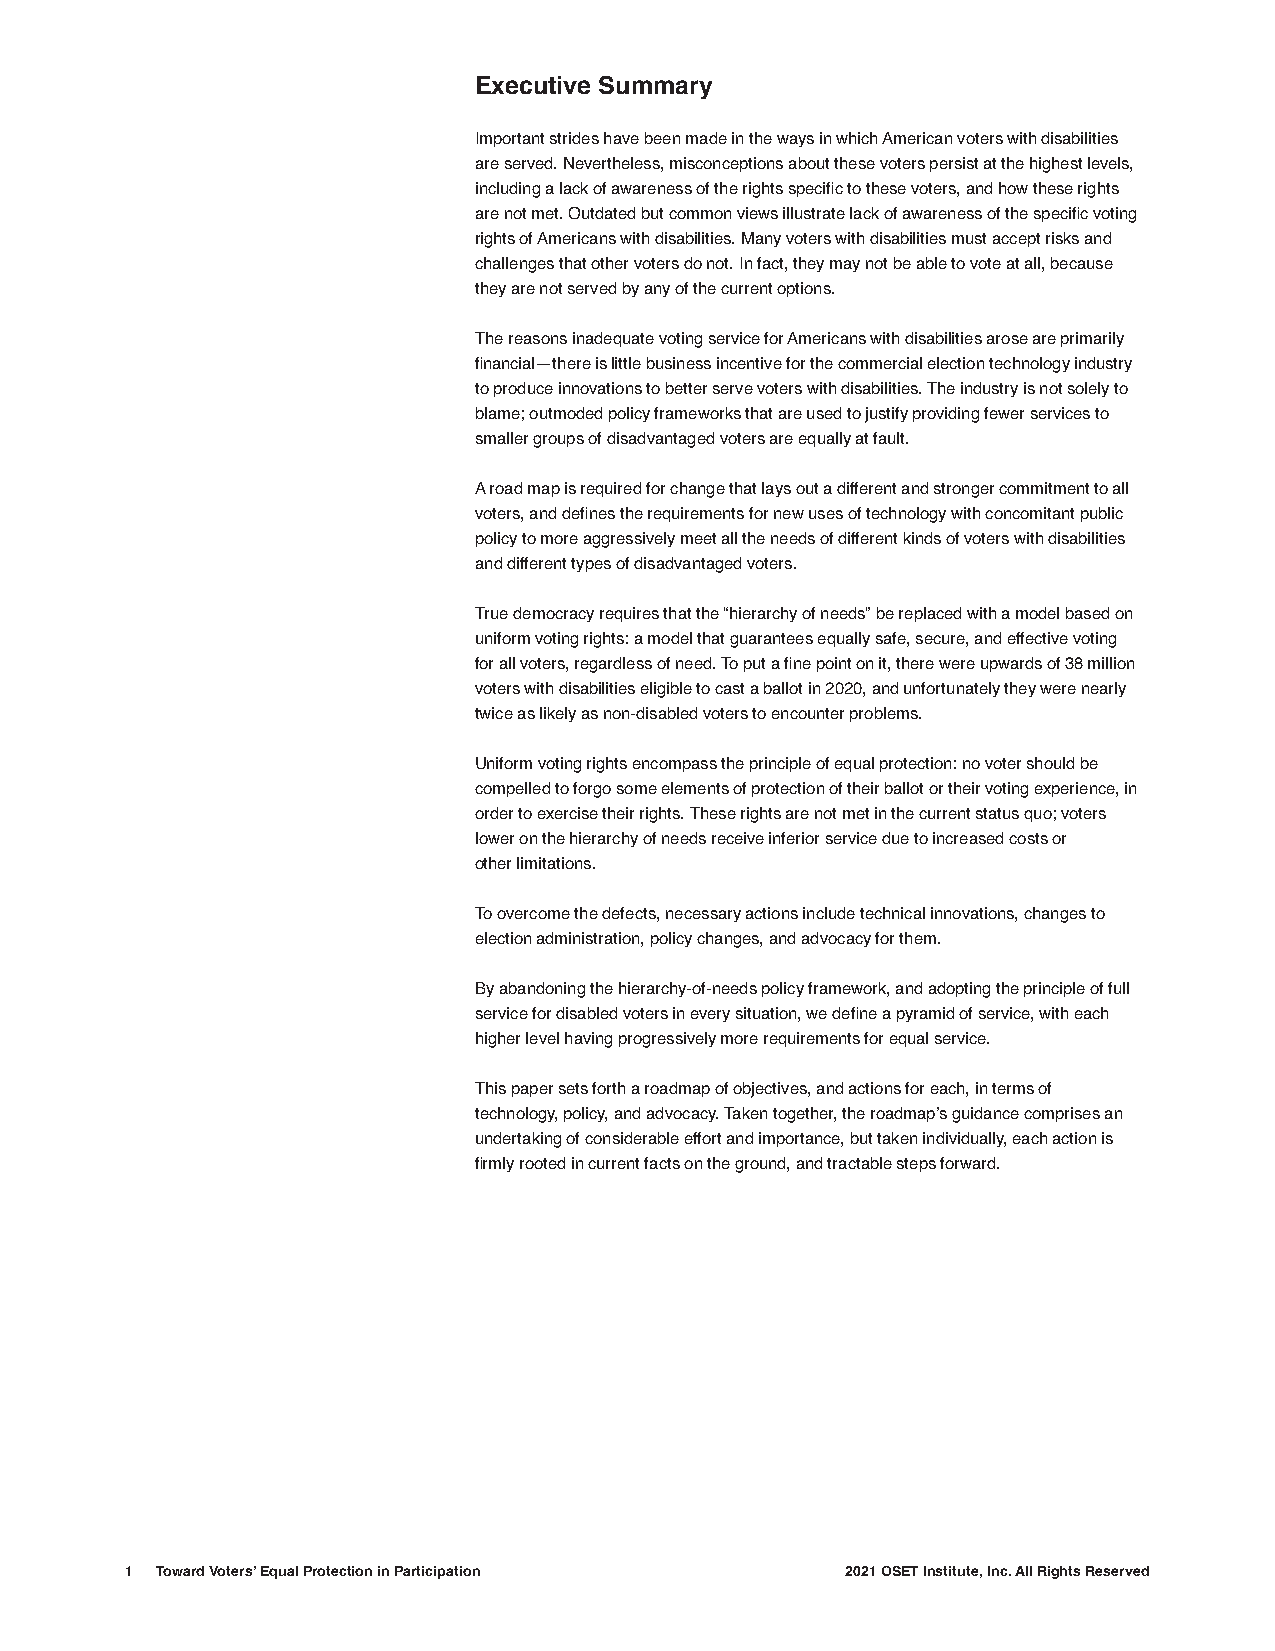
Executive Summary
 Important strides have been made in the ways in which American voters with disabilities
 are served. Nevertheless, misconceptions about these voters persist at the highest levels,
 including a lack of awareness of the rights specific to these voters, and how these rights
 are not met. Outdated but common views illustrate lack of awareness of the specific voting
 rights of Americans with disabilities. Many voters with disabilities must accept risks and
 challenges that other voters do not. In fact, they may not be able to vote at all, because
 they are not served by any of the current options.
 The reasons inadequate voting service for Americans with disabilities arose are primarily
 financial—there is little business incentive for the commercial election technology industry
 to produce innovations to better serve voters with disabilities. The industry is not solely to
 blame; outmoded policy frameworks that are used to justify providing fewer services to
 smaller groups of disadvantaged voters are equally at fault.
 A road map is required for change that lays out a different and stronger commitment to all
 voters, and defines the requirements for new uses of technology with concomitant public
 policy to more aggressively meet all the needs of different kinds of voters with disabilities
 and different types of disadvantaged voters.
 True democracy requires that the “hierarchy of needs” be replaced with a model based on
 uniform voting rights: a model that guarantees equally safe, secure, and effective voting
 for all voters, regardless of need. To put a fine point on it, there were upwards of 38 million
 voters with disabilities eligible to cast a ballot in 2020, and unfortunately they were nearly
 twice as likely as non-disabled voters to encounter problems.
 Uniform voting rights encompass the principle of equal protection: no voter should be
 compelled to forgo some elements of protection of their ballot or their voting experience, in
 order to exercise their rights. These rights are not met in the current status quo; voters
 lower on the hierarchy of needs receive inferior service due to increased costs or
 other limitations.
 To overcome the defects, necessary actions include technical innovations, changes to
 election administration, policy changes, and advocacy for them.
 By abandoning the hierarchy-of-needs policy framework, and adopting the principle of full
 service for disabled voters in every situation, we define a pyramid of service, with each
 higher level having progressively more requirements for equal service.
 This paper sets forth a roadmap of objectives, and actions for each, in terms of
 technology, policy, and advocacy. Taken together, the roadmap’s guidance comprises an
 undertaking of considerable effort and importance, but taken individually, each action is
 firmly rooted in current facts on the ground, and tractable steps forward.
 1 Toward Voters’ Equal Protection in Participation 2021 OSET Institute, Inc. All Rights Reserved